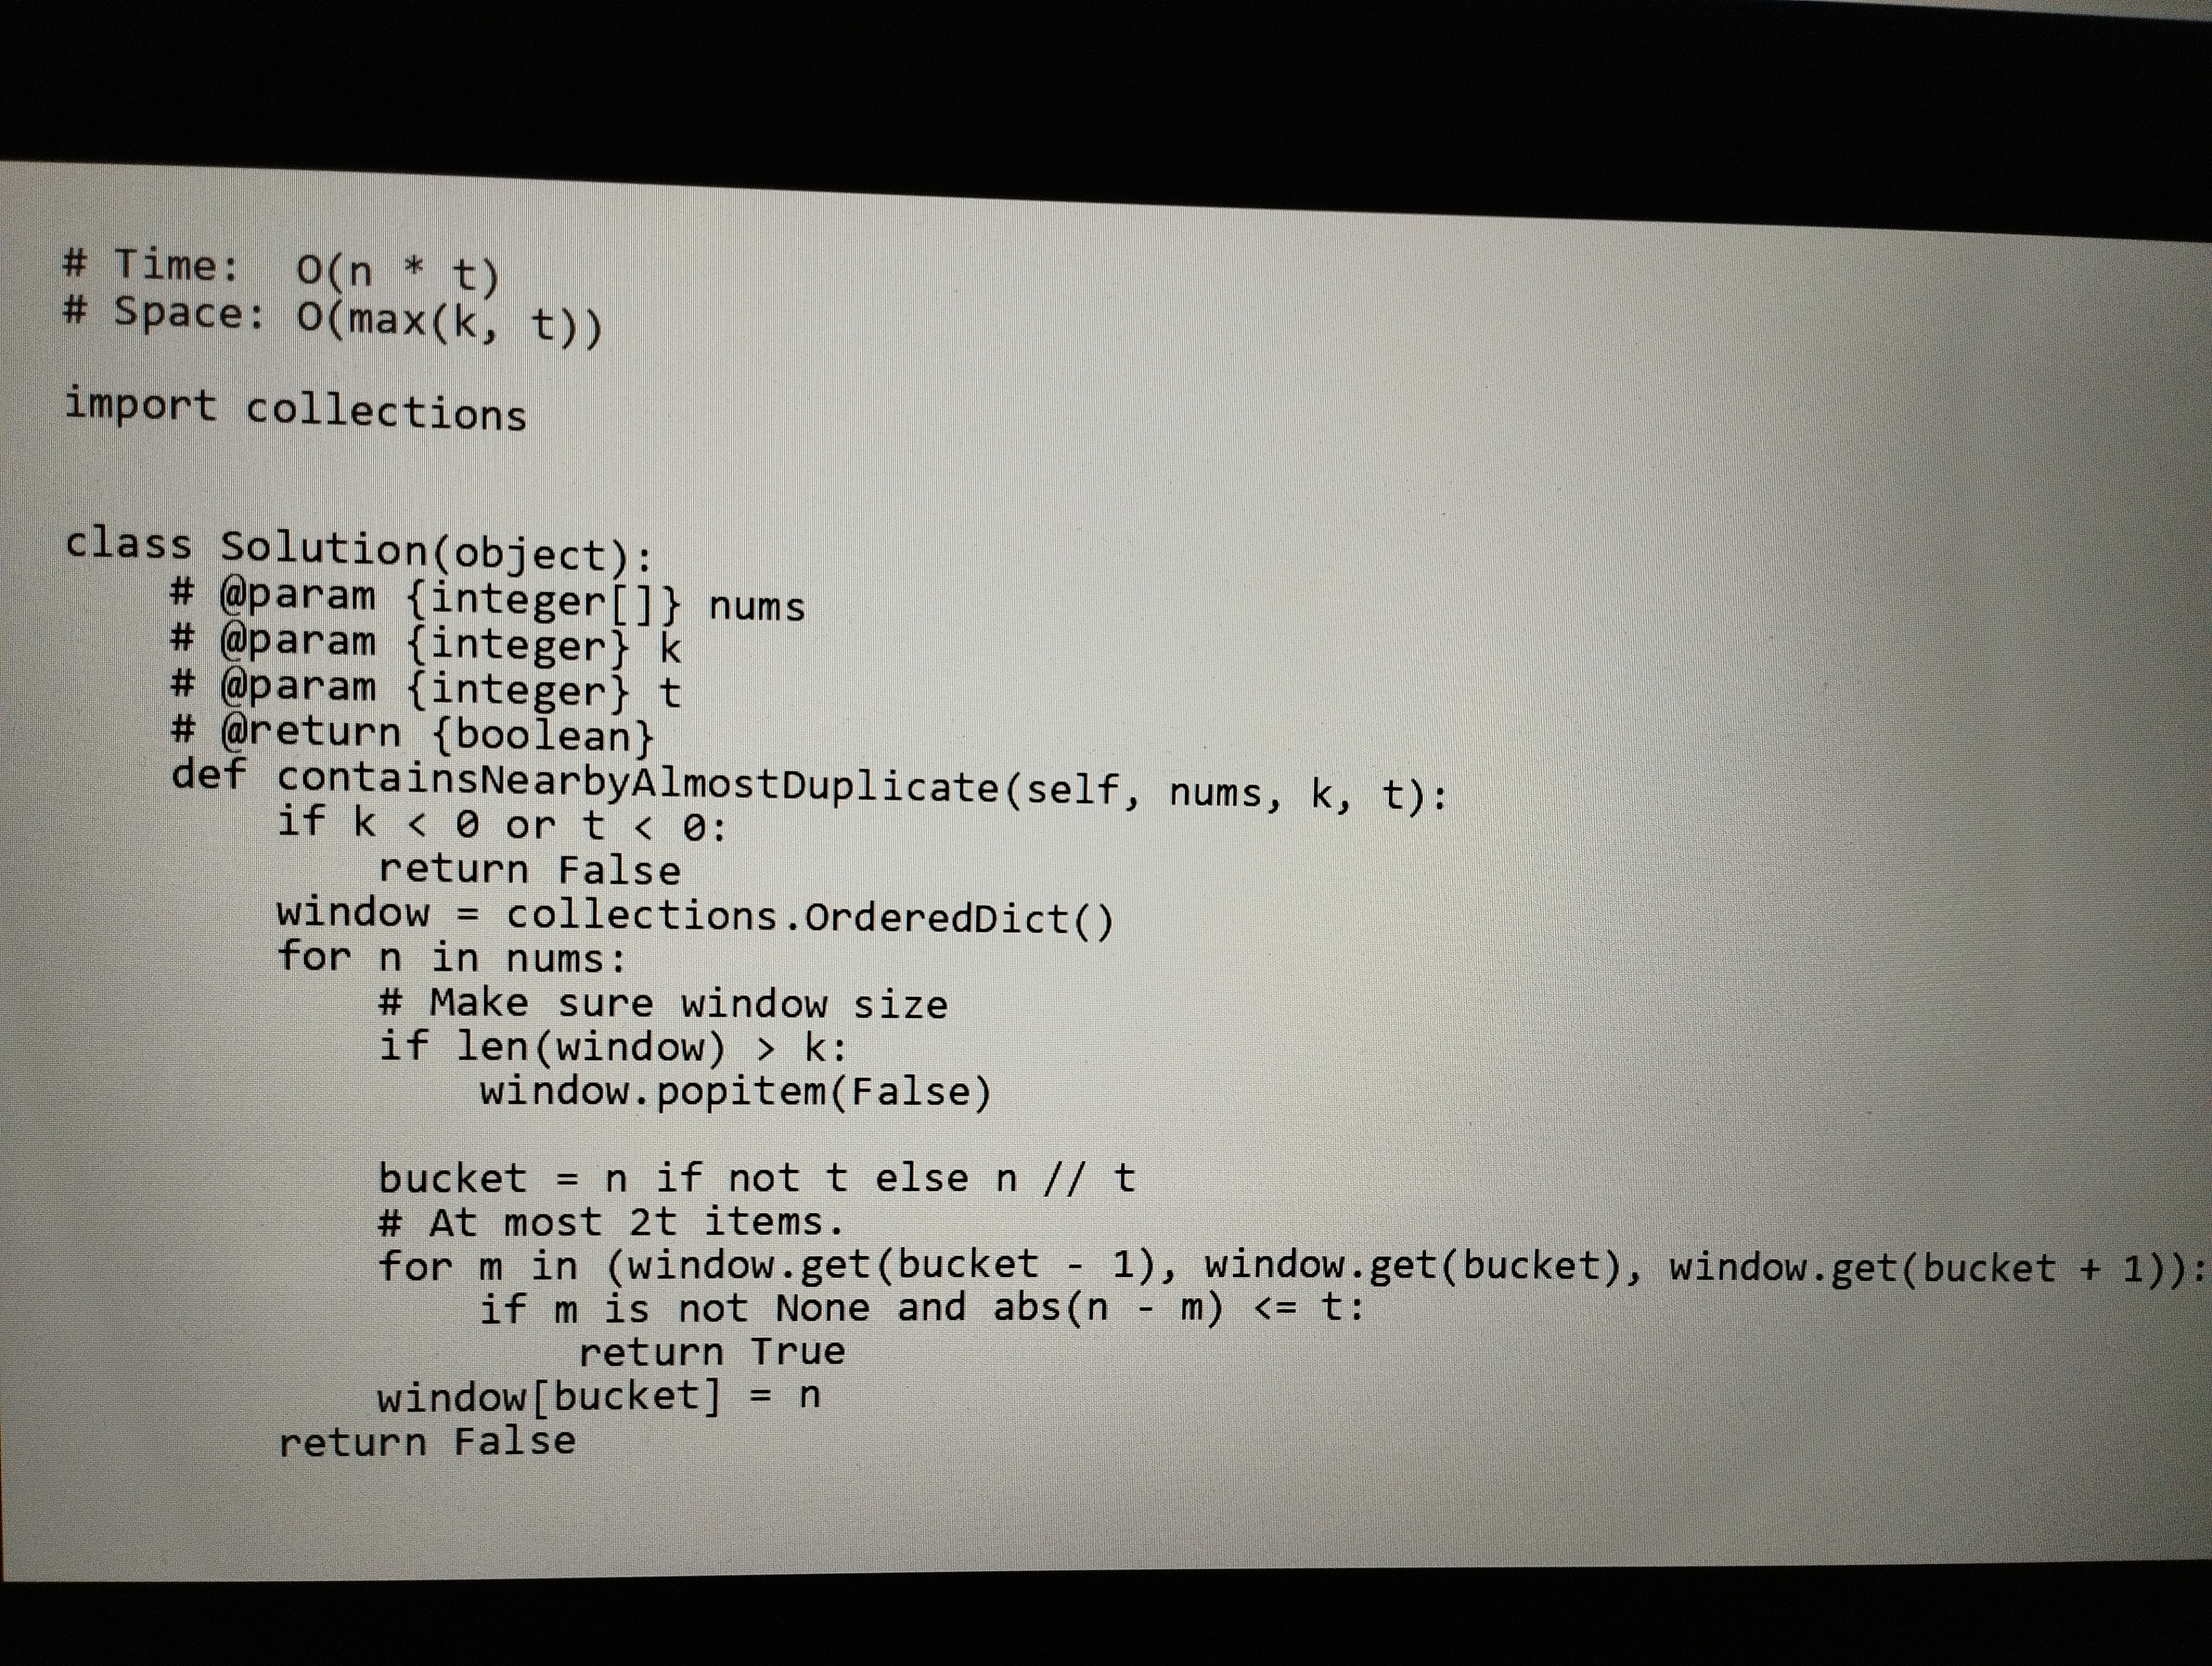
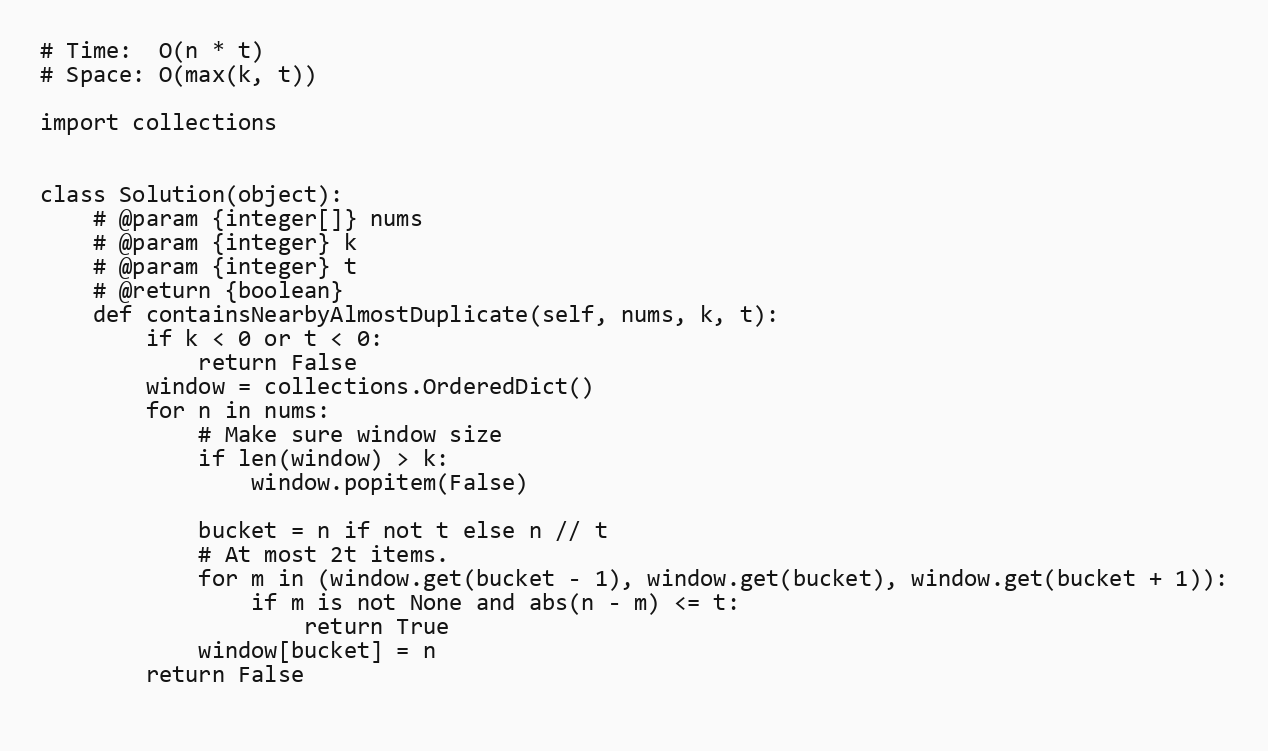
# Time:  O(n * t)
# Space: O(max(k, t))

import collections

class Solution(object):
    # @param {integer[]} nums
    # @param {integer} k
    # @param {integer} t
    # @return {boolean}
    def containsNearbyAlmostDuplicate(self, nums, k, t):
        if k < 0 or t < 0:
            return False
        window = collections.OrderedDict()
        for n in nums:
            # Make sure window size
            if len(window) > k:
                window.popitem(False)

            bucket = n if not t else n // t
            # At most 2t items.
            for m in (window.get(bucket - 1), window.get(bucket), window.get(bucket + 1)):
                if m is not None and abs(n - m) <= t:
                    return True
            window[bucket] = n
        return False